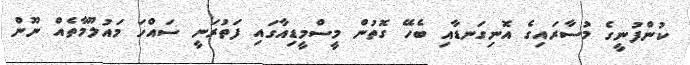
ކުންފުނީގެ މުސާރައިގެ އޮނިގަނޑާއި ބެހޭ ގޮތުން މީސްމީޑިއާގައި ފަތުރަނީ ސައްހަ މައުލޫމާތެއް ނޫން